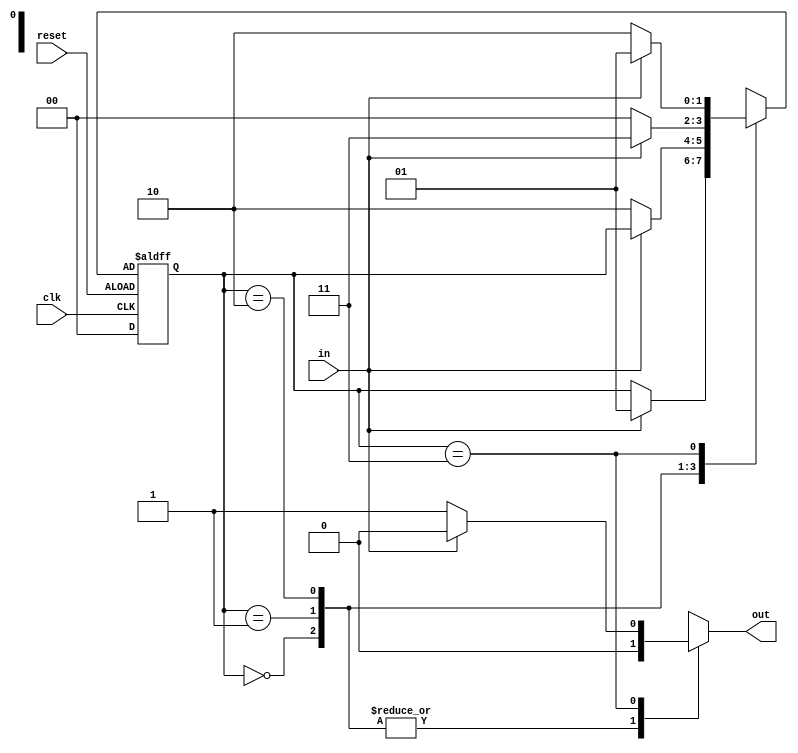
module seq1010(clk,reset,in,out);

    input wire clk ,reset,in;
    output reg out;

    reg[1:0] curr,next;

    parameter S0 = 2'b00,
            S1 = 2'b01,
            S2 = 2'b10,
            S3 = 2'b11;

   

    always @(curr or in  )

    begin
       

    case(curr)

      
        S0: if (in == 1'b1)
                begin
                next = S1;
               out=1'b0;
                end
            else
                begin
                next = curr;
                out=1'b0;
                end
           
            
        S1: if (in == 1'b0)
                begin
                next = S2;
                out=1'b0;
                end
            else
                begin
                next = curr;
                out=1'b0;
                end
        S2: if (in == 1'b1)
                begin
                next = S3;
                out=1'b0;
                end    
                    else
                begin
                next = S0;
                out=1'b0;
                end
        S3: if (in == 1'b0)
                begin
                next = S2;
                out=1'b1;
                end
            else
                begin
                next = S1;
                out=1'b0;
                end
     default:
              next = S0; 
              
              
     

    endcase
    end

    always @(negedge clk)
    begin

        $write("%b",out);
    end

     always @(posedge clk  or negedge reset)
    begin
        if(reset)
            curr <= S0;
        else
            curr <= next;
    end

  

endmodule